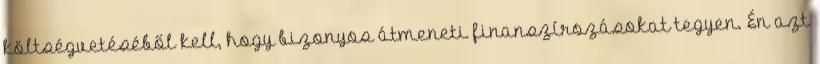
költségvetéséből kell, hogy bizonyos átmeneti finanszírozásokat tegyen. Én azt